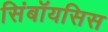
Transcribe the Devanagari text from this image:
सिंबॉयसिस